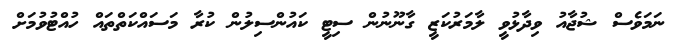
ނަމަވެސް ޝުޖާއު ވިދާޅުވީ ލާމަރުކަޒީ ގާނޫނުން ސިޓީ ކައުންސިލުން ކުރާ މަސައްކަތްތައް ހުއްޓުވުމަށް